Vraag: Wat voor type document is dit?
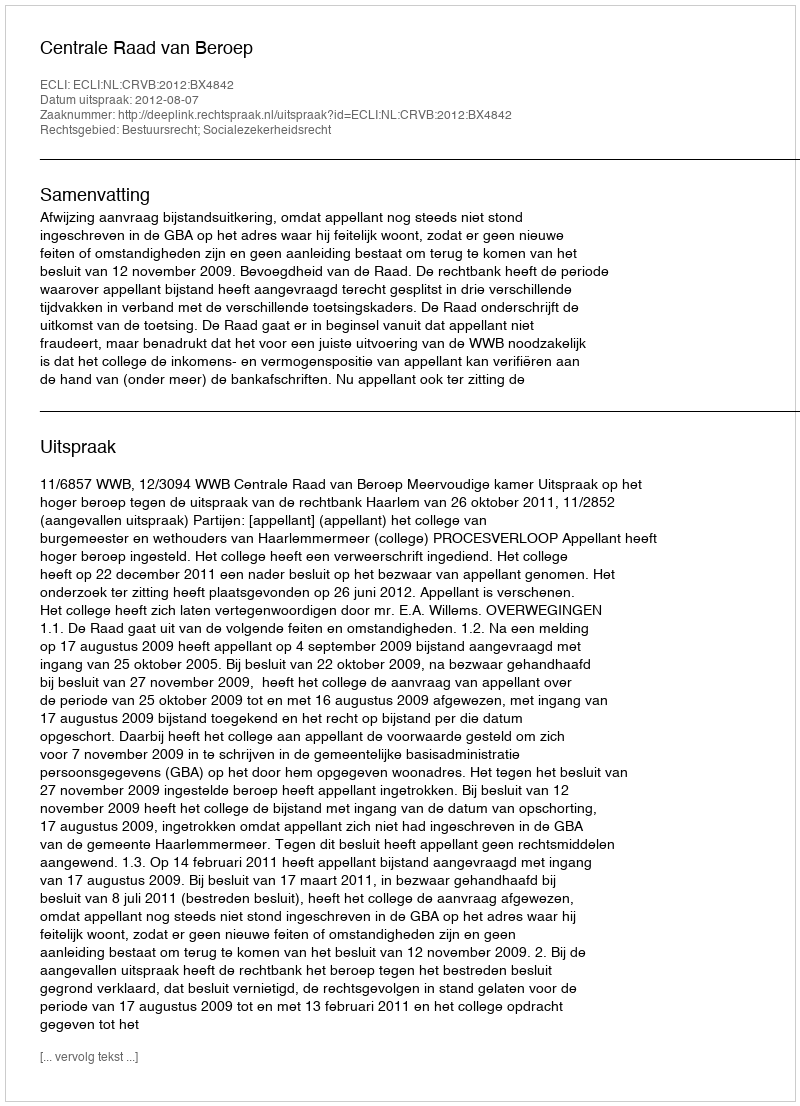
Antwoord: Uitspraak